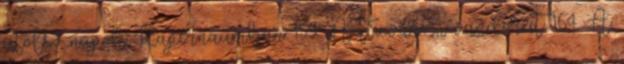
utolsó napok Kapernaumban 159. A tízvárosi vándorút 164. A